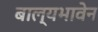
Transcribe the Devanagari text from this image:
बाल्यभावेन